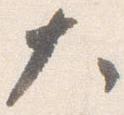
大